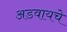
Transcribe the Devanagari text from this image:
अडवायचे